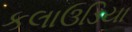
કલાઉડિયા